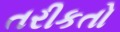
તરીકતો